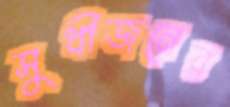
সুধীজনের